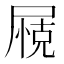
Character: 𱚽